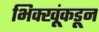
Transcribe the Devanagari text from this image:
भिक्खूंकडून